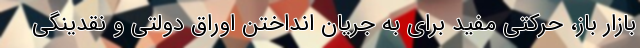
بازار باز، حرکتی مفید برای به جریان انداختن اوراق دولتی و نقدینگی